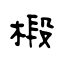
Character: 椴